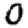
Digit: 0